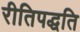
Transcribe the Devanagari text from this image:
रीतिपद्धति